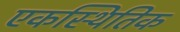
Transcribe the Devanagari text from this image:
एकस्थितिक